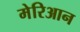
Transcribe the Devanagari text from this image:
मेरिआन